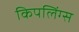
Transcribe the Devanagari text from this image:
किपलिंग्स